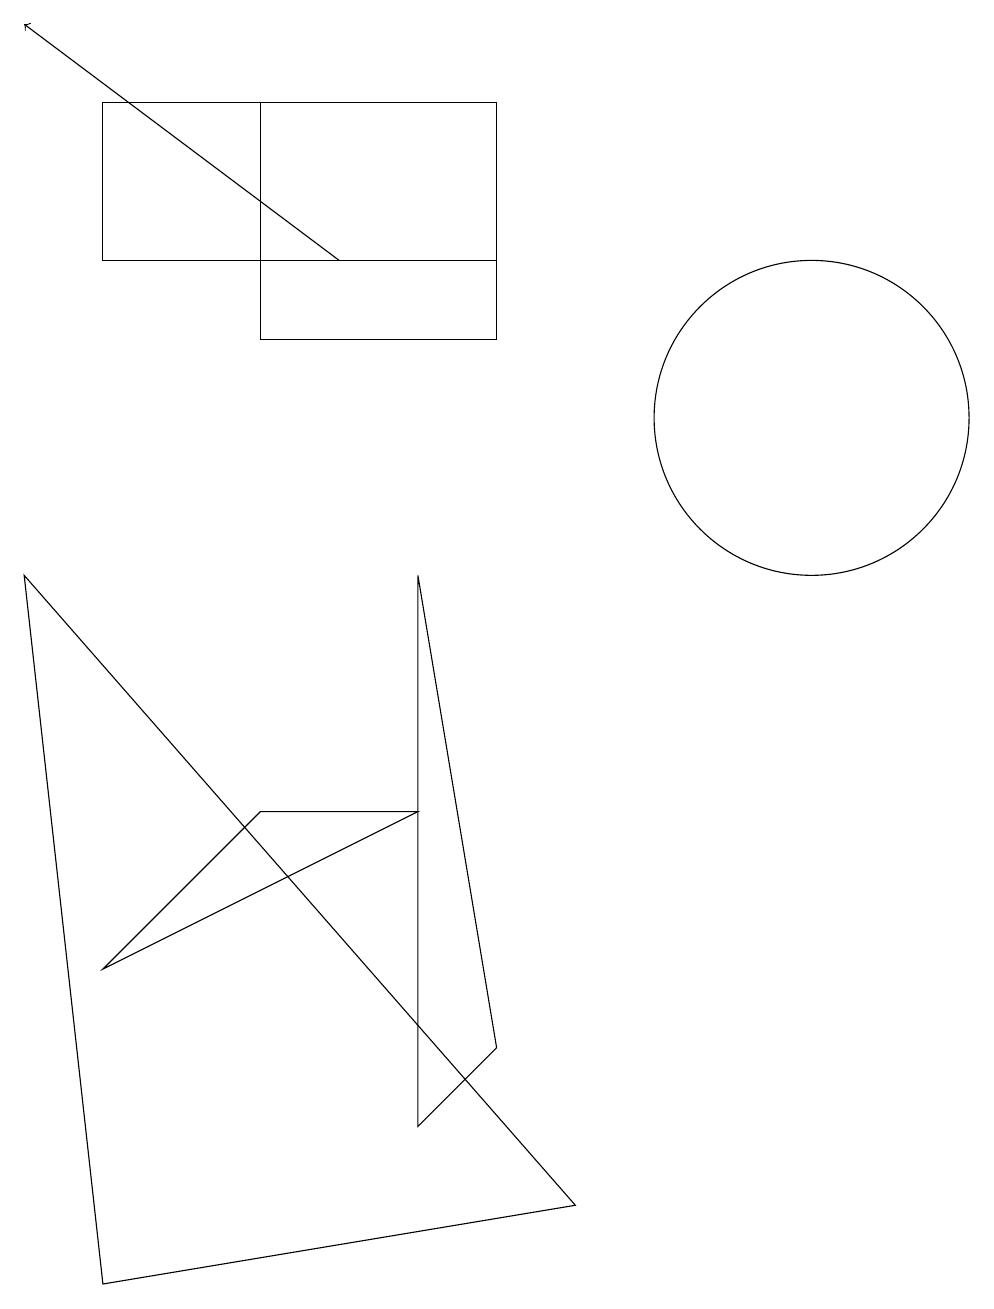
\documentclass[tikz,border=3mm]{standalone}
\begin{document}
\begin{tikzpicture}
\draw (4,12) rectangle (7,15);
\draw (6,6) -- (4,6) -- (2,4) -- cycle;
\draw[->] (5,13) -- (1,16);
\draw (7,13) rectangle (2,15);
\draw (6,9) -- (6,2) -- (7,3) -- cycle;
\draw (2,0) -- (8,1) -- (1,9) -- cycle;
\draw (11,11) circle (2);
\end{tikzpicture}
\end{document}